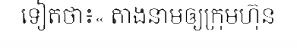
ទៀតថា៖« តាងនាមឲ្យក្រុមហ៊ុន